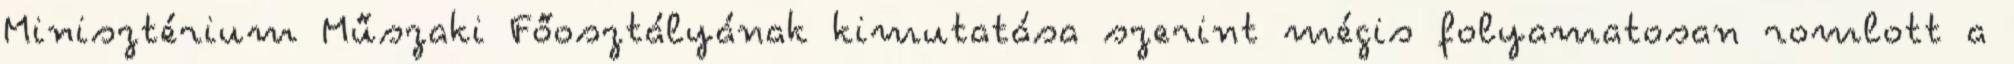
Minisztérium Műszaki Főosztályának kimutatása szerint mégis folyamatosan romlott a